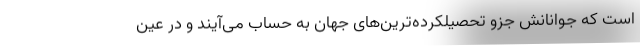
است که جوانانش جزو تحصیلکرده‌ترین‌های جهان به حساب می‌آیند و در عین